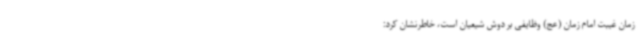
زمان غیبت امام زمان (عج) وظایفی بر دوش شیعیان است، خاطرنشان کرد: